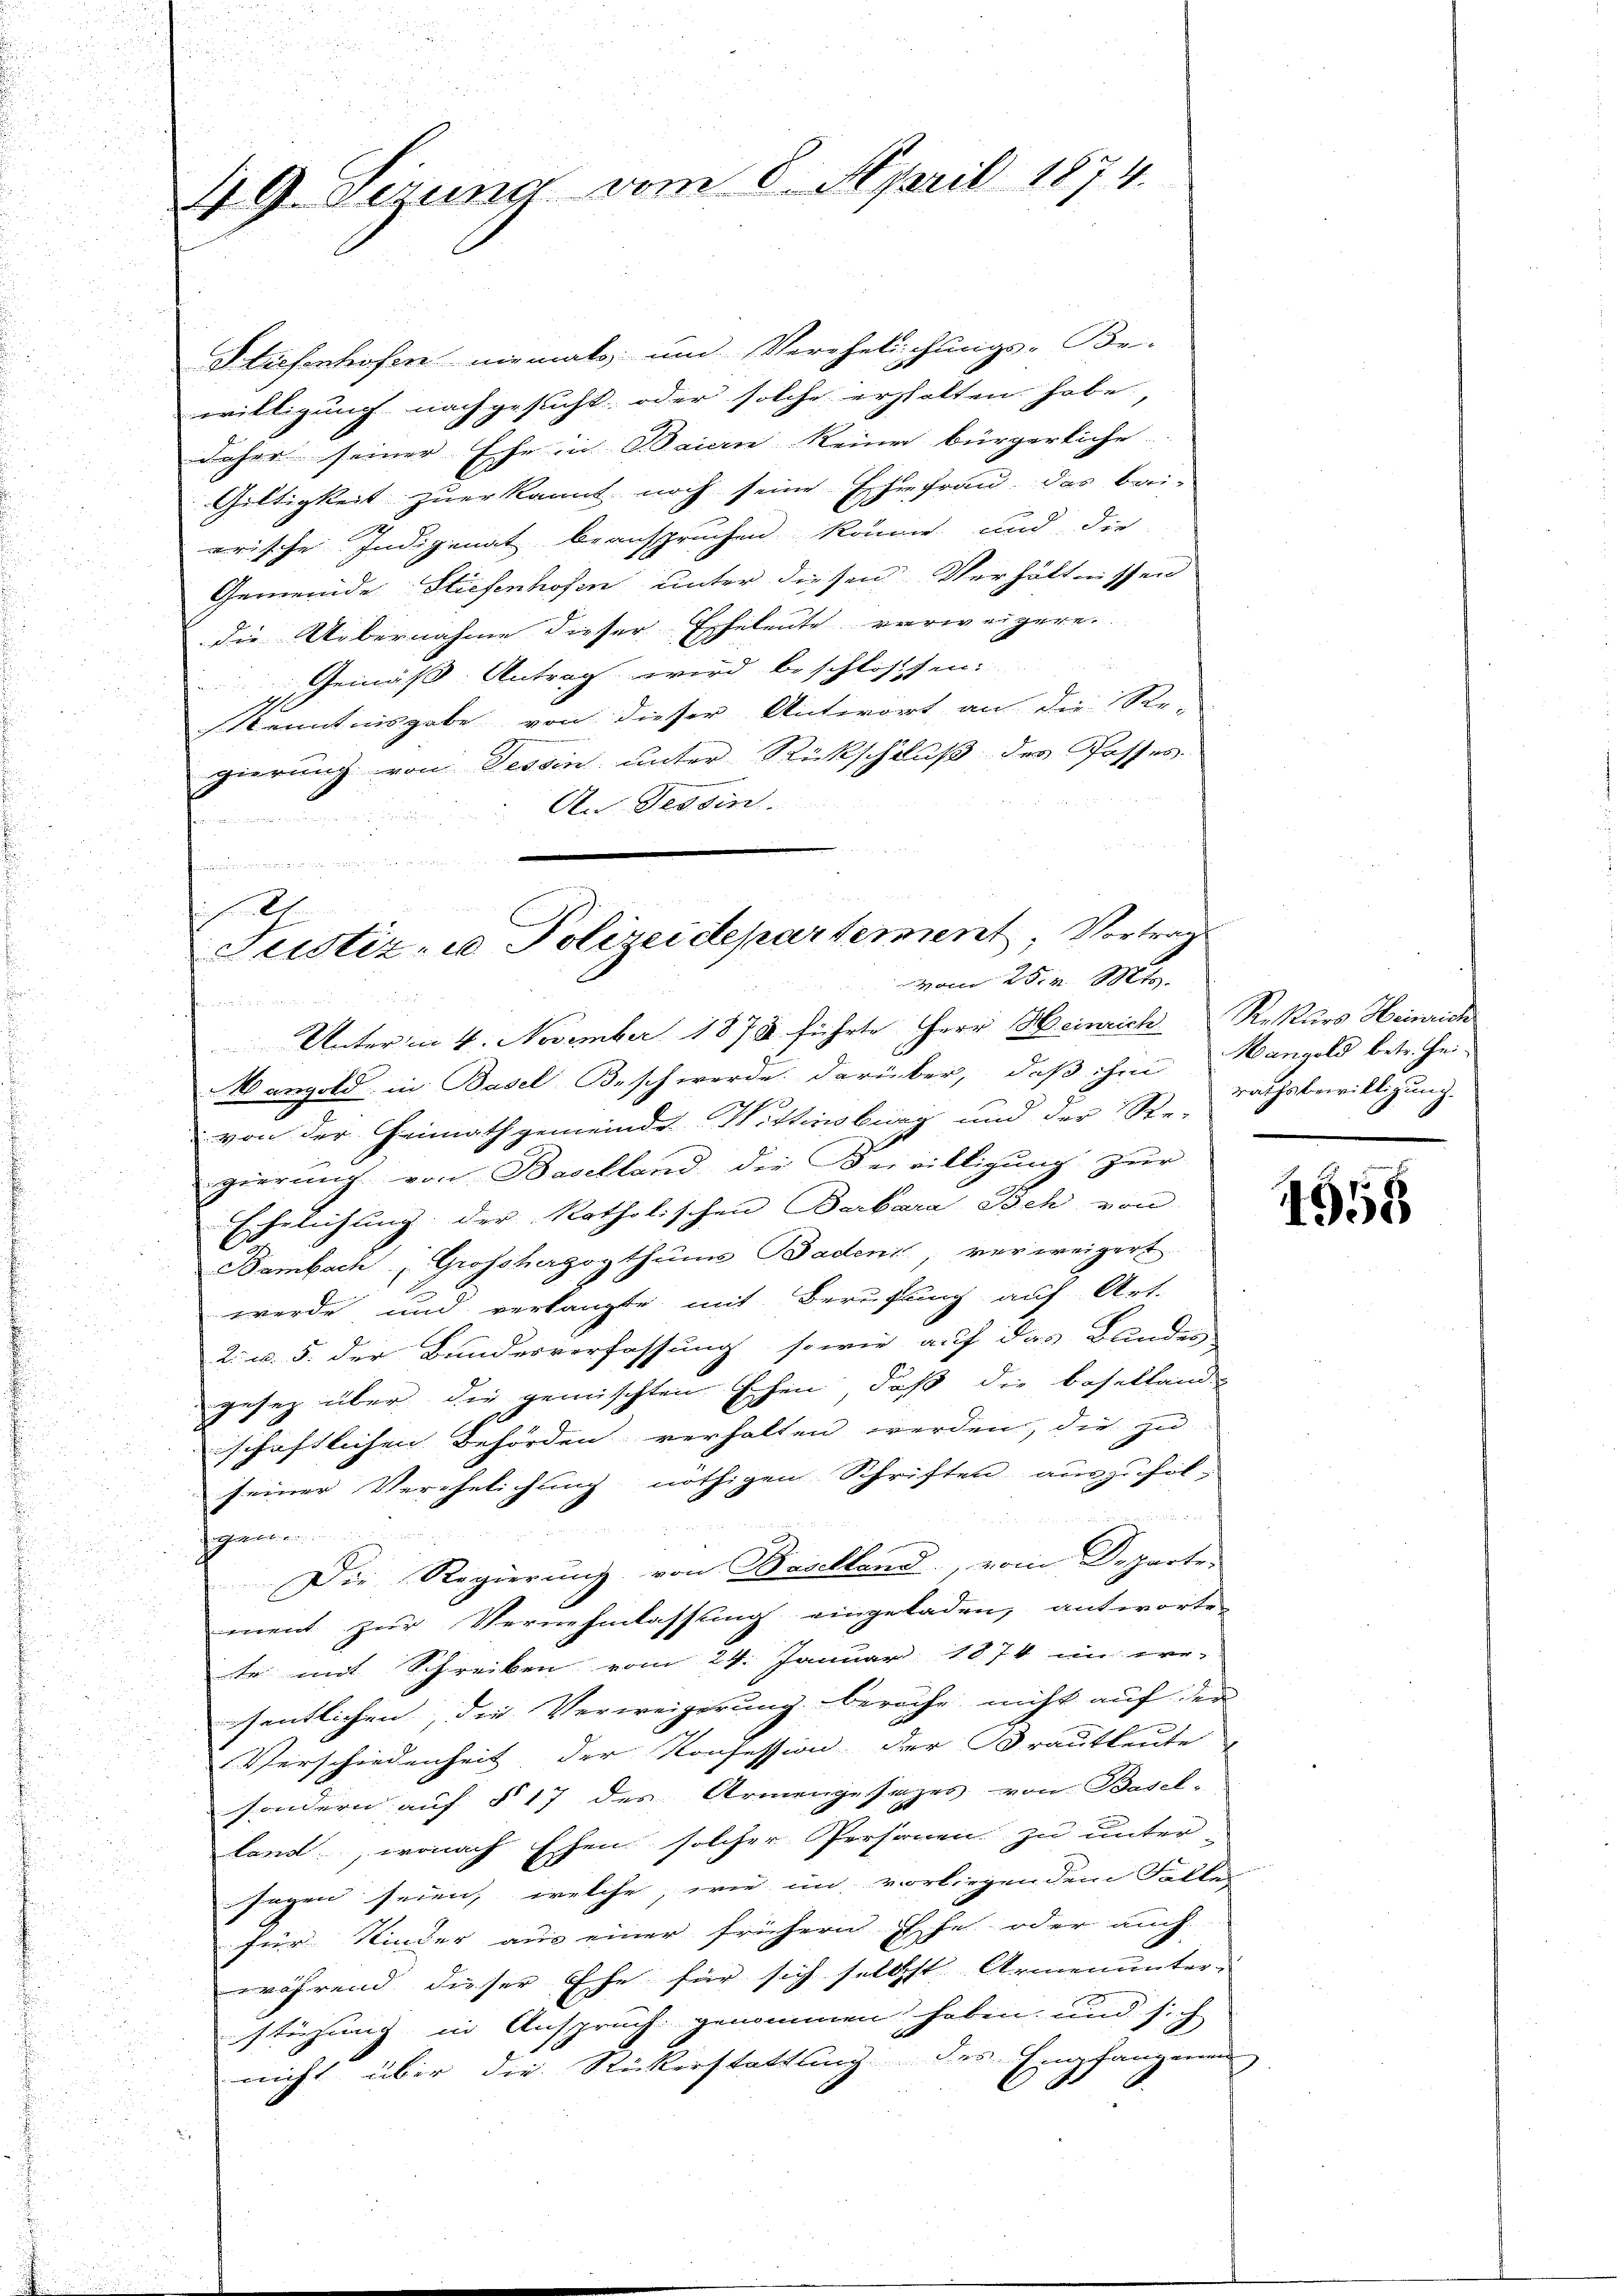
49 Jeruna vom 8. April 1874.

Stiefenhofen niemals und Verehelichungs-Be-
willigung nachgesucht, oder solche erhalten habe,
daher seiner Ehe in Baiern keiner bürgerliche
Gültigkeit zuerkannt noch seine Ehefrau, das brei-
erische Indigenat beanspruchen könne und die
Gemeinde Stiefenhofen unter diesen Verhältnissen
die Uebernahme dieser Eheleute verweigere
Gemäß Antrag wird beschlossen:
Kenntnisgabe von dieser Antwort an die Re-
gierung von Tessin, unter Rückschluß des Posses
An Tessin.

Unterm 4. November 1878 führte Herr Heinrich Rekurs Heinrich
Mangold in Basel Beschwerde darüber, daß ihm rathsbewilligung
von der Heimathgemeinde Wittensburg und der Re-
gierung von Baselland die Bewilligung zur
Ehelichung der katholischen Barbara Ich von
Bambach Grossherzogthums Badens verweigert
werde und verlangte mit Berufung auf Art.
2. u. 5. der Bundesverfassung sowie auf das Bundes
gesetz über der gemischten schen, daß die Basellande
schaftlichen Behörden verhalten werden, die zu
seiner Verehelichung nöthigen Schriften auszufol-

degalien
Die Regierung von Baselland, vom Departe
ment zur Vernehmlassung eingeladen, antworte-
te mit Schreiben vom 24. Januar 1874 im err-
sentlichen, die Verweigerung berache nicht auf der
Verschiedenheit, der Konfession der Brautleute
sondern auf § 17 des Armengesages von Basel-
land, wonach Essen solcher Personen zu unter-
sagen seien, welche, wie im vorliegendem Falle
für Kinder aus einer frühern sche oder auch
während dieser Ehe für sich selbst Armenunter-
stüzung in Anspruch genommen haben, und sich
nicht über die Rickerstattung des Empfangenen

n
h
Justiz- u Polizeidepartement, Vorträg
vom 25. v. Mts.

Mangold betr. Hei¬

1558